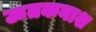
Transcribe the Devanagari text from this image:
ऊतकनाश